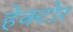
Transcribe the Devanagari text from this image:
हेक्टोर